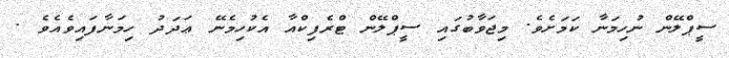
ސީޕްލޭން ނުހިމަނާ ކަމަށެވެ. މިޖަވާބުގައި ސީޕްލޭން ޓްރެފިކްއާ އެކުހިމެނޭ ޢަދަދު ހިމަނާފައިވެއެވެ .